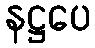
နဋ္ဌပေ